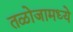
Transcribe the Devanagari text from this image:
तळोजामध्ये